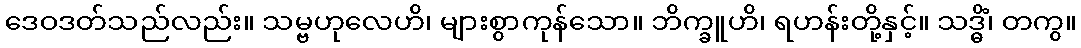
ဒေဝဒတ်သည်လည်း။ သမ္ဗဟုလေဟိ၊ များစွာကုန်သော။ ဘိက္ခူဟိ၊ ရဟန်းတို့နှင့်။ သဒ္ဓိံ၊ တကွ။